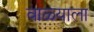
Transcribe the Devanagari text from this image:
वाळ्याला